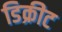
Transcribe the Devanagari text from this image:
डिक्रीट